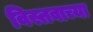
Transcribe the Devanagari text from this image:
विस्तवाच्या